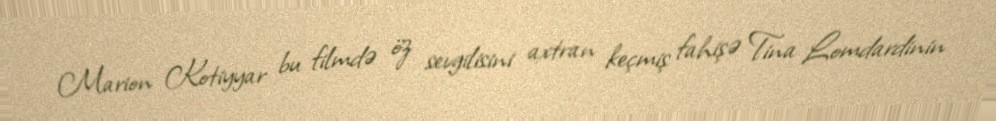
Marion Kotiyyar bu filmdə öz sevgilisini axtran keçmiş fahişə Tina Lomdardinin